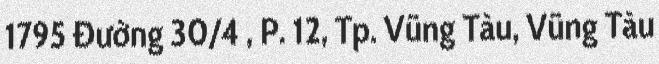
1795 Đường 30/4 , P. 12, Tp. Vũng Tàu, Vũng Tàu